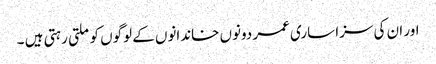
اور ان کی سزا ساری عمر دونوں خاندانوں کے لوگوں کو ملتی رہتی ہیں ۔